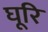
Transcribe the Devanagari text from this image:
घूरि